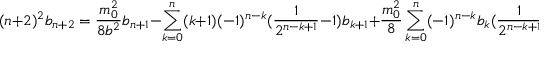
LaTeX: ( n + 2 ) ^ { 2 } b _ { n + 2 } = \frac { m _ { 0 } ^ { 2 } } { 8 b ^ { 2 } } b _ { n + 1 } - \sum _ { k = 0 } ^ { n } ( k + 1 ) ( - 1 ) ^ { n - k } ( \frac { 1 } { 2 ^ { n - k + 1 } } - 1 ) b _ { k + 1 } + \frac { m _ { 0 } ^ { 2 } } { 8 } \sum _ { k = 0 } ^ { n } ( - 1 ) ^ { n - k } b _ { k } ( \frac { 1 } { 2 ^ { n - k + 1 } } - 2 ) .